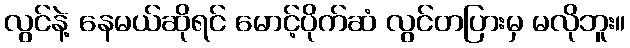
လွင်နဲ့ နေမယ်ဆိုရင် မောင့်ပိုက်ဆံ လွင်တပြားမှ မလိုဘူး။